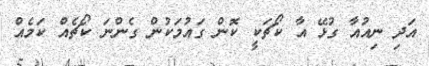
އަދި ނިއުއާ ގުޅޭ އާ ކޯޗަކީ ކޮން ގައުމަކުން ގެންނަ ކޯޗެއް ކަމެއް